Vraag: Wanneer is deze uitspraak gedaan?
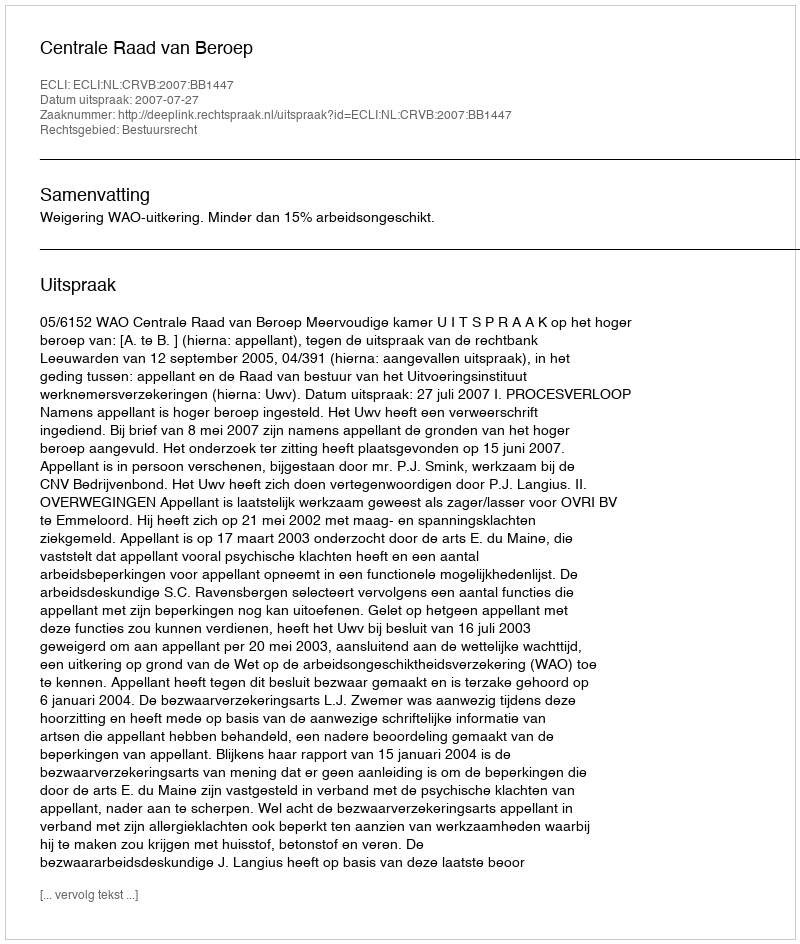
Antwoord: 2007-07-27